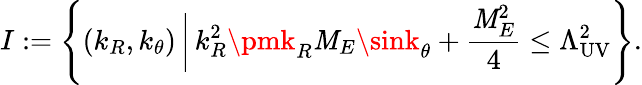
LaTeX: I:=\left\{ (k_{R},k_{\theta})\, \bigg|\, k_{R}^{2}\pmk_{R}\mathit{M}_{E}\sink_{\theta}+\frac{{\mathit{M}_{E}^{2}}}{{4}}\le\Lambda_{\mathrm{{UV}}}^{2}\right\} .